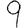
Digit: 9